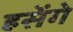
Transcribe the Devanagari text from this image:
हसेंगे